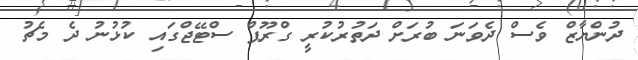
ދުންޔާޒް ވެސް ދެވަނަ ބުރަށް ދަތުރުކުރީ ގްރޫޕް ސްޓޭޖްގައި ކުޅުނު ދެ މެޗު